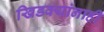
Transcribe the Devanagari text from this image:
खिडक्यांनाही